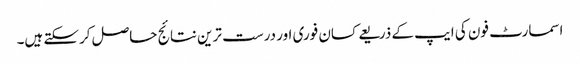
اسمارٹ فون کی ایپ کے ذریعے کسان فوری اور درست ترین نتائج حاصل کرسکتے ہیں۔